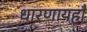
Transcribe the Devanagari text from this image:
धारणायहाँ